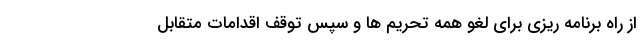
از راه برنامه ریزی برای لغو همه تحریم ها و سپس توقف اقدامات متقابل